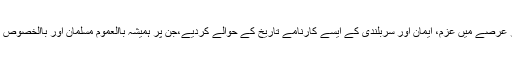
امارت اسلامیہ کے زعامت کے مختصر عرصے میں عزم، ایمان اور سربلندی کے ایسے کارنامے تاریخ کے حوالے کردیے،جن پر ہمیشہ باالعموم مسلمان اور باالخصوص مزاحمت کار اور مجاہدین فخر کرینگے۔